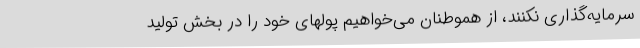
سرمایه‌گذاری نکنند، از هموطنان می‌خواهیم پولهای خود را در بخش تولید